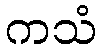
ကသံ